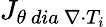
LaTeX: {J}_{\theta\ dia\ \nabla\cdot T_{i}}